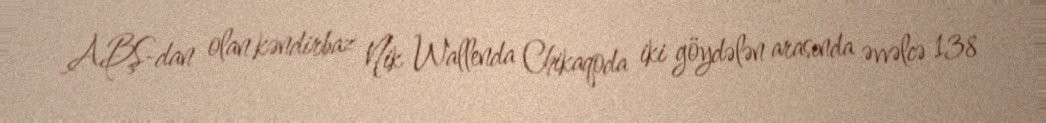
ABŞ-dan olan kəndirbaz Nik Wallenda Chikaqoda iki göydələn arasında əvvəlcə 138